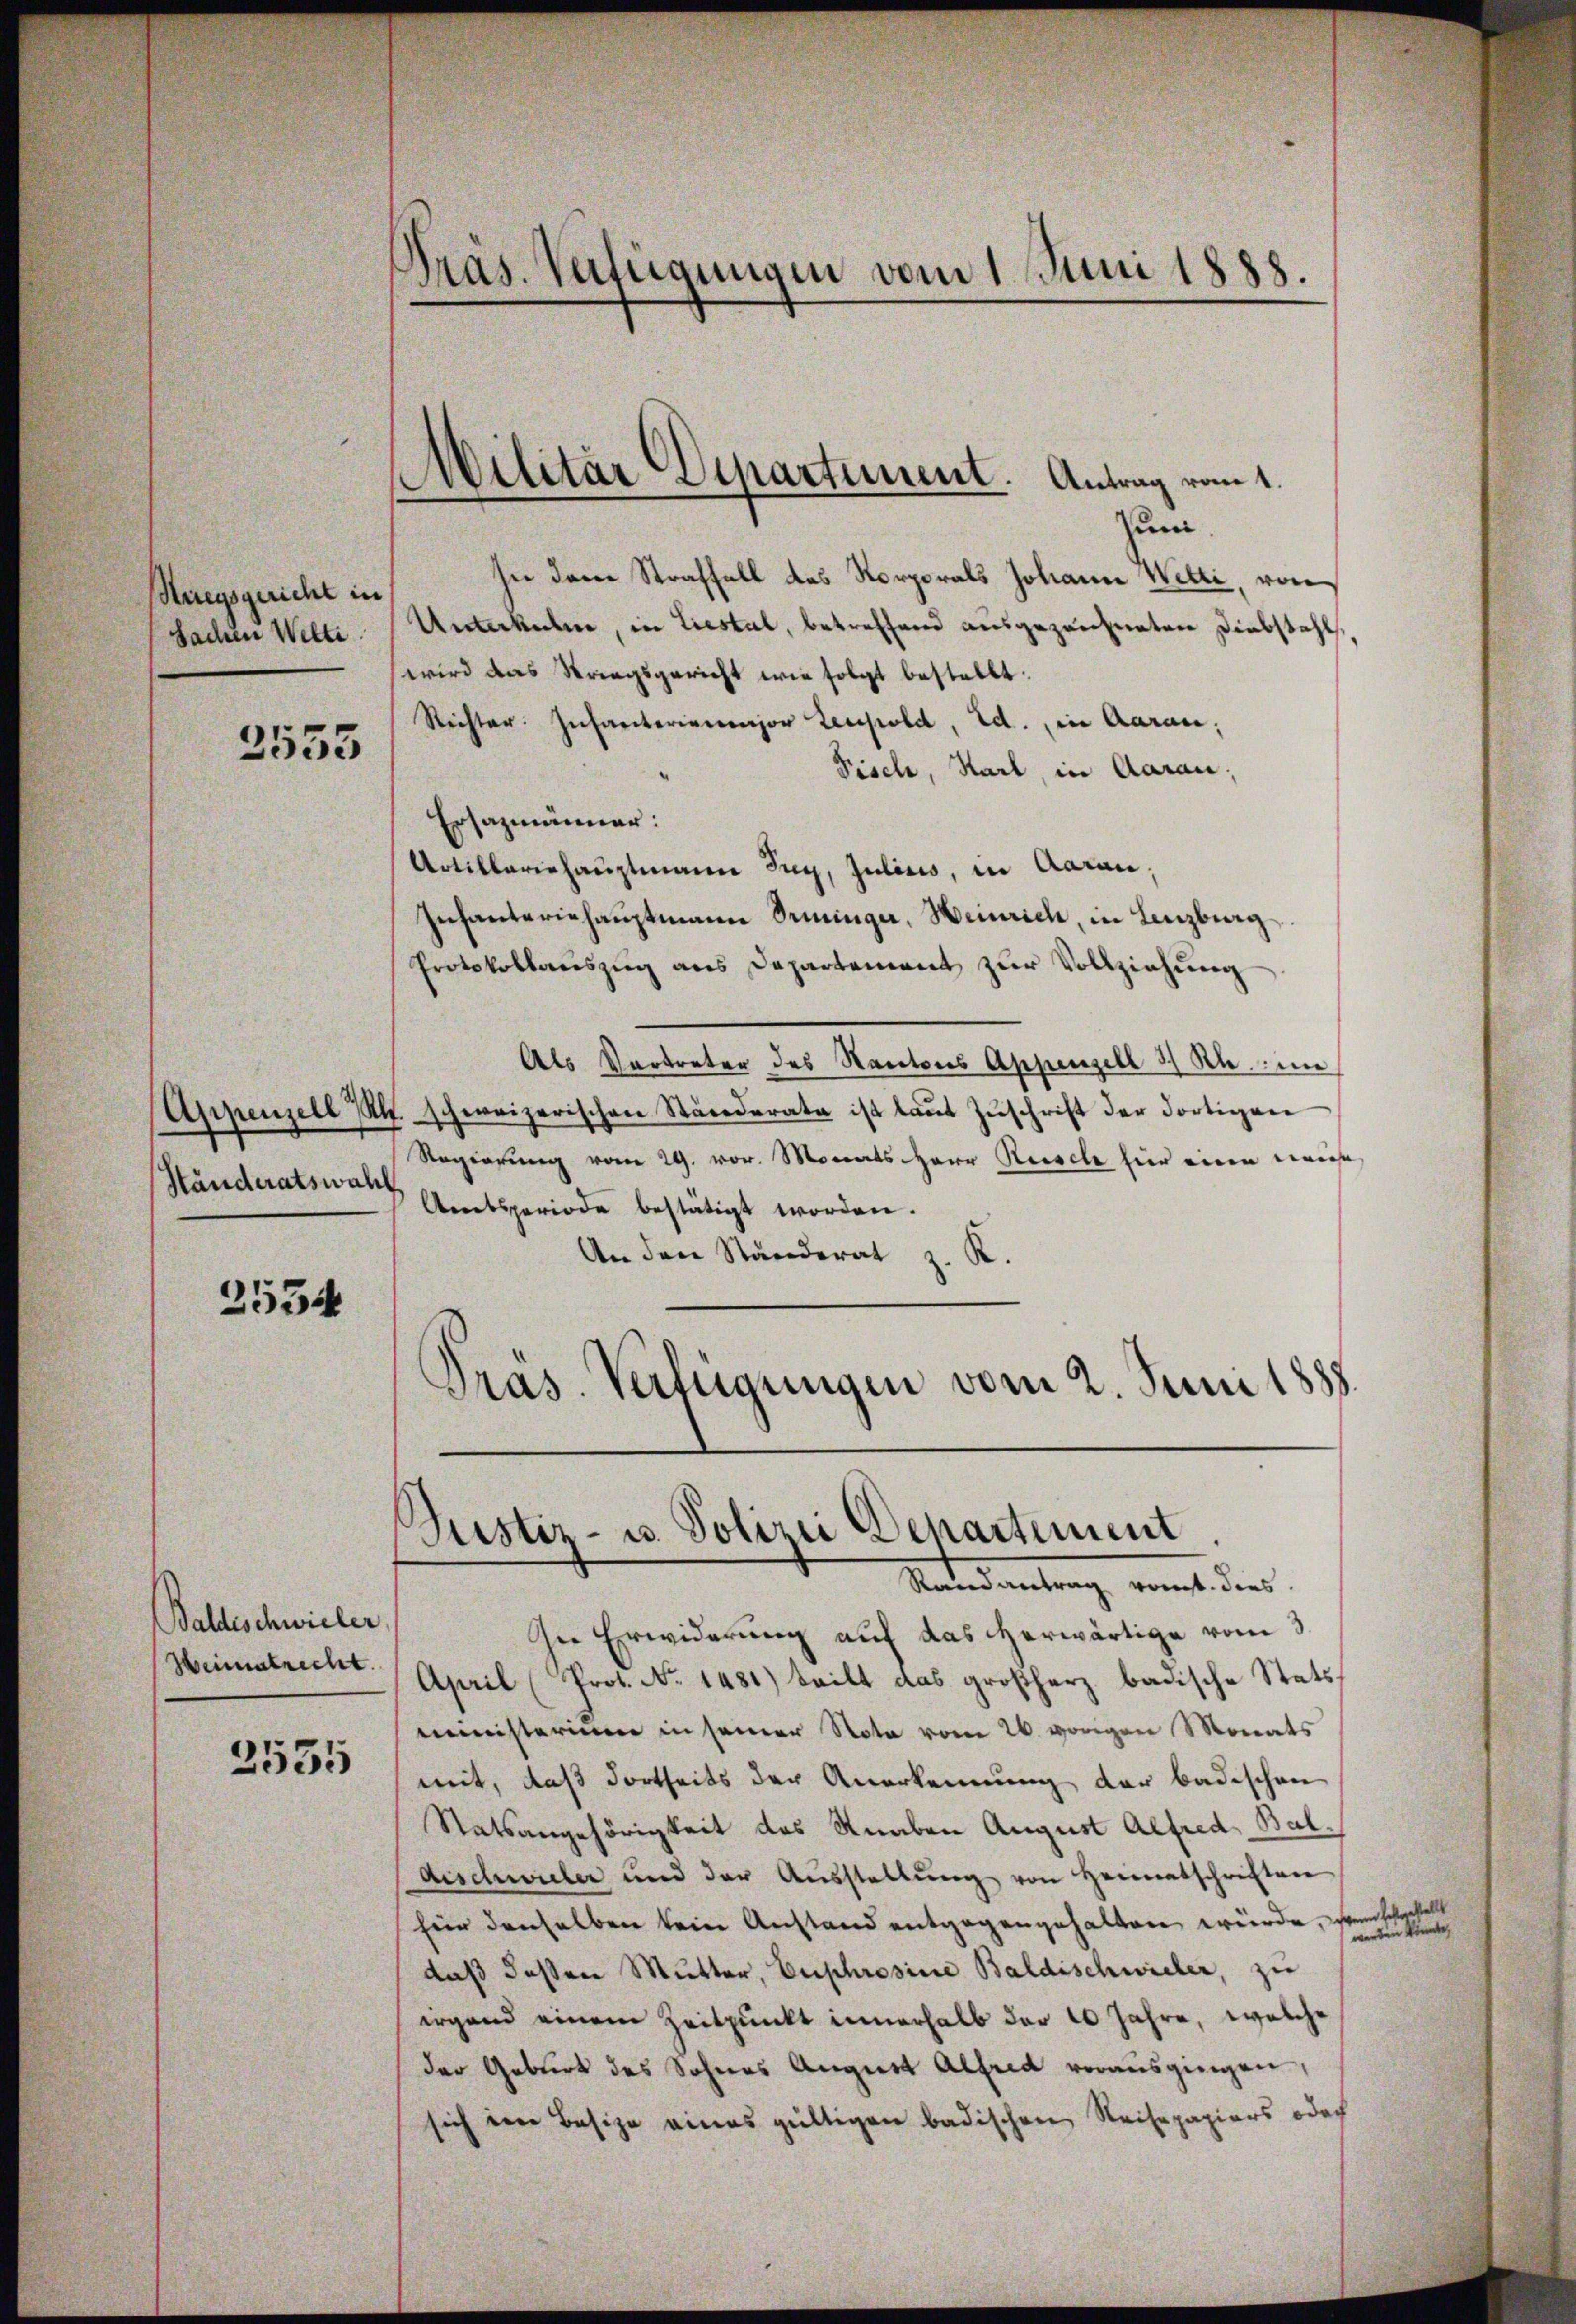
Hiegsgericht in
Sachen Welti

2553

Händeratswahl

2534

Baldeschwieler,
Weimatrecht.

2555

Pras. Verfügungen vom 1. Juni 1888.

Militär Departement. Antrag vom 1.

sum.
sie der Straffall das Norporals Johann Welti, von
Unterkule, in Liestal, betreffend ausgezeichneten Diebstahl,
wird das Striegsgericht wie folgt bestellt:
Richter. Inharterienor Zeupold, Ed. in Aarau,
Fisch, Karl, in Aarau,
Ersazmänner:
Artillariehauptmann Zug, Julius, in Aarau,
Infanteriehaŭptmann Trininger, Heinrich, in Lenzburg
Protokollauszug aus Departement zur Vollziehung
Als Vertreter des Kantons Appenzell 3 Rh. im
Appenzell Rl. schweizerischen Ständerata ist laŭt Zŭschrift der dortigen
Regierung vom 29. vor. Monats Herr Reisele hier eine wenige
Amtsperiode bestätigt worden.
An den Ständerat z. K.
Präs. Verfügungen vom 2. Juni 1888.

.
Justiz- u. Polizei Departement
Mandantung, womit den

Die Erwiderung auf das herwärtige vom 3
April (Prot. No. 1481) teilt das großherz badische Statsministerium in seiner Nota vom 26. vorigen Monats
mit, daß dortheils der Anerkennung der badischen
Statsangehörigkeit des Knaben August Alfred, Bal¬
Aischwieler und der Aŭsstellŭng von Heimatschriften
für denselben kein Anstand entgegengehalten würde, verschenstellt
daß deßen Mutter, Euphrosine Baldischwieler, zu
irgend einem Zeitpunkt innerhalb der 20 Jahre, welche
der Geburt des Sohnes August Alfred vorausgingen,
sich eine Besize eines gültigen badischen Reisepapiers odoch

werden könnte,